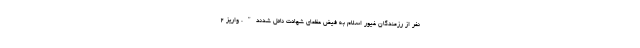
نفر از رزمندگان غیور اسلام به فیض عظمای شهادت نائل شدند". واریز ۲